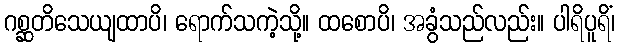
ဂစ္ဆတိသေယျထာပိ၊ ရောက်သကဲ့သို့။ ထစောပိ၊ အခွံသည်လည်း။ ပါရိပူရိံ၊